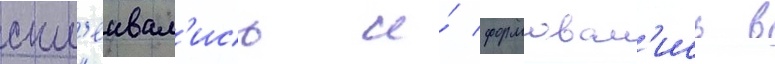
скл'еивал'ись и́ формовал'ись в